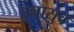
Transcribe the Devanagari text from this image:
तन्नासुव